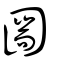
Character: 圌